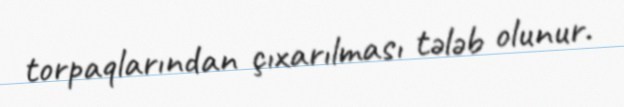
torpaqlarından çıxarılması tələb olunur.